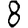
Digit: 8